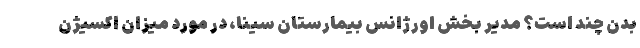
بدن چند است؟ مدیر بخش اورژانس بیمارستان سینا، در مورد میزان اکسیژن